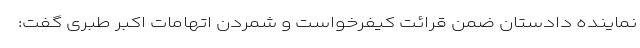
نماینده دادستان ضمن قرائت کیفرخواست و شمردن اتهامات اکبر طبری گفت: